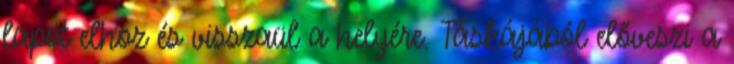
lapot elhoz és visszaül a helyére. Táskájából előveszi a